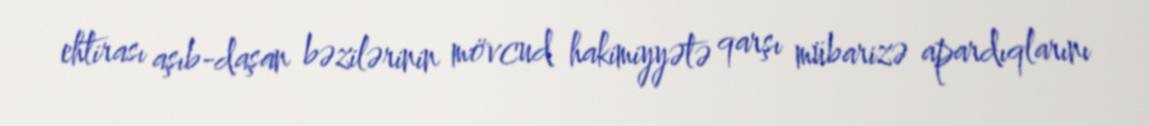
ehtirası aşıb-daşan bəzilərinin mövcud hakimiyyətə qarşı mübarizə apardıqlarını